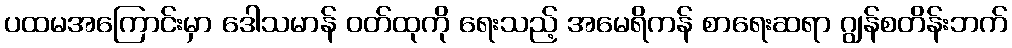
ပထမအကြောင်းမှာ ဒေါသမာန် ဝတ်ထုကို ရေးသည့် အမေရိကန် စာရေးဆရာ ဂျွန်စတိန်းဘက်